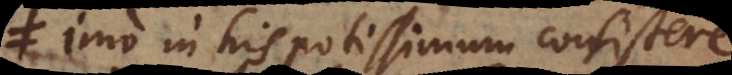
Imo in his potissimum consistere